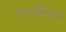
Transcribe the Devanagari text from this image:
स्टालिनच